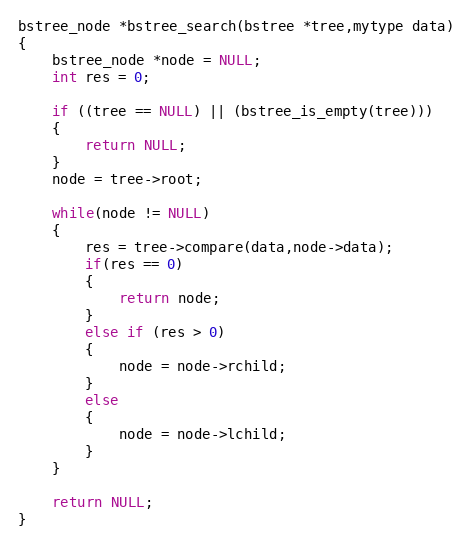
Language: C
bstree_node *bstree_search(bstree *tree,mytype data)
{
	bstree_node *node = NULL;
	int res = 0;

	if ((tree == NULL) || (bstree_is_empty(tree)))
	{
		return NULL;
	}
    node = tree->root;

	while(node != NULL)
	{
		res = tree->compare(data,node->data);
		if(res == 0)
		{
			return node;
		}
		else if (res > 0)
		{
			node = node->rchild;
		}
		else
		{
			node = node->lchild;
		}
	}

	return NULL;
}